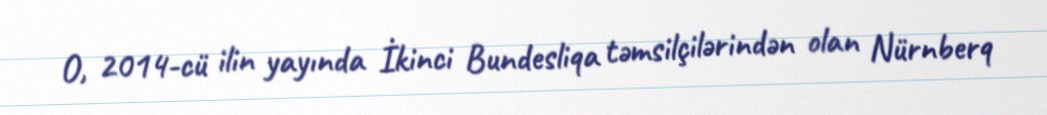
O, 2014-cü ilin yayında İkinci Bundesliqa təmsilçilərindən olan Nürnberq